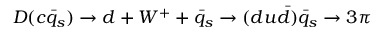
D ( c \bar { q } _ { s } ) \rightarrow d + W ^ { + } + \bar { q } _ { s } \rightarrow ( d u \bar { d } ) \bar { q } _ { s } \rightarrow 3 \pi